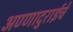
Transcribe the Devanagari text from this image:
अण्णादुराईचे